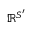
\mathbb { R } ^ { S ^ { \prime } }